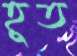
হূত